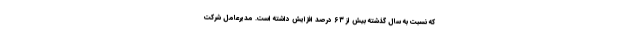
که نسبت به سال گذشته بیش از ۶۳ درصد افزایش داشته است. مدیرعامل شرکت